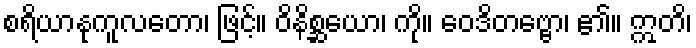
စရိယာနုကူလတော၊ ဖြင့်။ ဝိနိစ္ဆယော၊ ကို။ ဝေဒိတဗ္ဗော၊ ၏။ ဣတိ၊